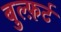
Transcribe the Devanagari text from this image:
बुल्फ़र्ट